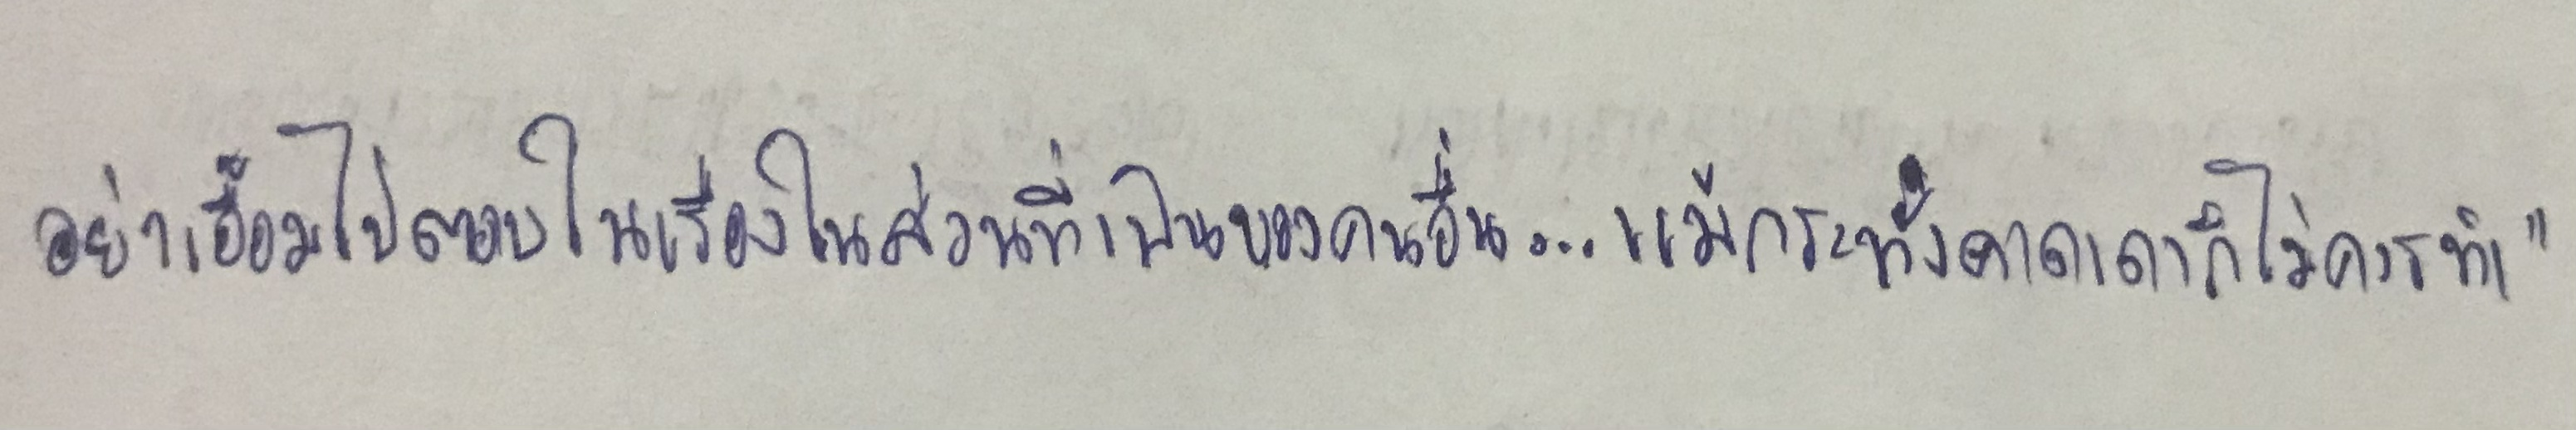
อย่าเอื้อมไปตอบในเรื่องในส่วนที่เป็นของคนอื่น...แม้กระทั่งคาดเดาก็ไม่ควรทำ"